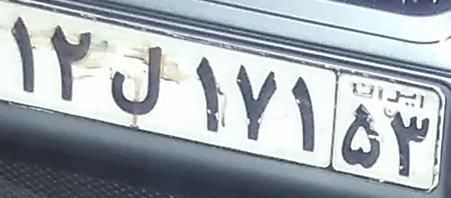
۱۲ل۱۷۱۵۳